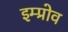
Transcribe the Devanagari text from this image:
इम्प्रोव